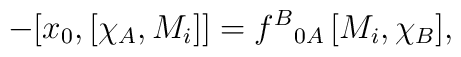
- [x_0, [\chi_A, M_i]] =f^{B}{}_{0 A}\, [M_i,\chi_B],